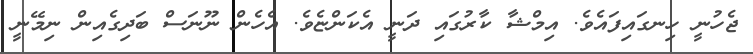
ޖެހުނީ ހިނގައިފައެވެ. އިމްޝާ ކާރުގައި ދަނީ އެކަންޏެވެ. އެހެން ނޫނަސް ބަދިގެއިން ނިމޭނީ